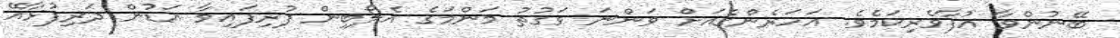
ބޭނުންވާ އުފާވެރިކަމެވެ. އަހަރެންގެއަށް ވަންނަ ވަގުތު މަންމަގެ އެލޯބިން ފުރިފައިވާ އަޑުން ދަރިފުޅާއޭ